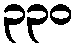
၃၃၀